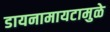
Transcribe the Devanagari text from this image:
डायनामायटामुळे